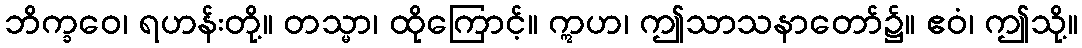
ဘိက္ခဝေ၊ ရဟန်းတို့။ တသ္မာ၊ ထိုကြောင့်။ ဣဟ၊ ဤသာသနာတော်၌။ ဧဝံ၊ ဤသို့။